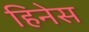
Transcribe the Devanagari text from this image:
हिनेस